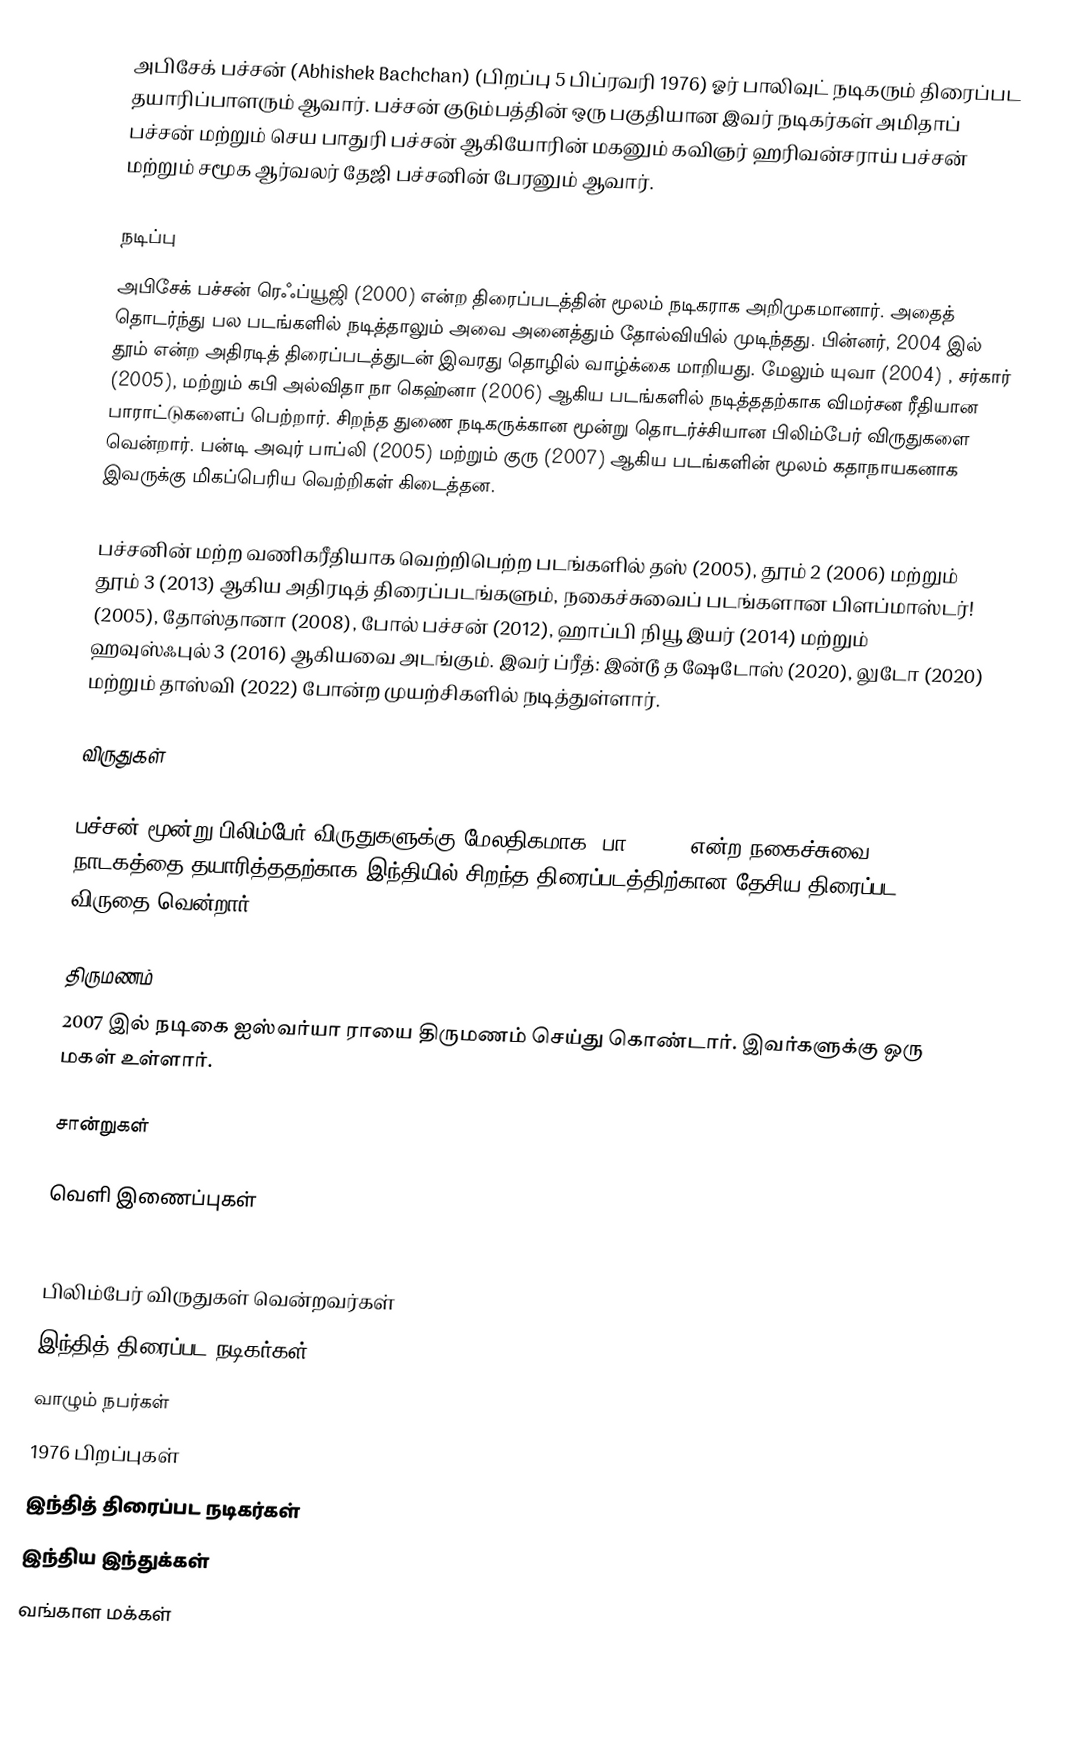
அபிசேக் பச்சன் (Abhishek Bachchan) (பிறப்பு 5 பிப்ரவரி 1976) ஓர் பாலிவுட் நடிகரும்  திரைப்பட தயாரிப்பாளரும் ஆவார். பச்சன் குடும்பத்தின் ஒரு பகுதியான இவர் நடிகர்கள் அமிதாப் பச்சன் மற்றும் செய பாதுரி பச்சன் ஆகியோரின் மகனும் கவிஞர் ஹரிவன்சராய் பச்சன் மற்றும் சமூக ஆர்வலர் தேஜி பச்சனின் பேரனும் ஆவார்.

நடிப்பு
அபிசேக் பச்சன் ரெஃப்யூஜி (2000) என்ற திரைப்படத்தின் மூலம் நடிகராக அறிமுகமானார். அதைத் தொடர்ந்து பல படங்களில் நடித்தாலும் அவை அனைத்தும் தோல்வியில் முடிந்தது. பின்னர், 2004 இல் தூம் என்ற அதிரடித் திரைப்படத்துடன் இவரது தொழில் வாழ்க்கை மாறியது. மேலும் யுவா (2004) , சர்கார் (2005), மற்றும் கபி அல்விதா நா கெஹ்னா (2006) ஆகிய படங்களில் நடித்ததற்காக விமர்சன ரீதியான பாராட்டுகளைப் பெற்றார். சிறந்த துணை நடிகருக்கான மூன்று தொடர்ச்சியான பிலிம்பேர் விருதுகளை வென்றார். பன்டி அவுர் பாப்லி (2005) மற்றும் குரு (2007) ஆகிய படங்களின் மூலம் கதாநாயகனாக இவருக்கு  மிகப்பெரிய வெற்றிகள் கிடைத்தன.

பச்சனின் மற்ற வணிகரீதியாக வெற்றிபெற்ற படங்களில் தஸ் (2005), தூம் 2 (2006) மற்றும் தூம் 3 (2013) ஆகிய அதிரடித் திரைப்படங்களும், நகைச்சுவைப் படங்களான பிளப்மாஸ்டர்! (2005), தோஸ்தானா (2008), போல் பச்சன் (2012), ஹாப்பி நியூ இயர் (2014) மற்றும் ஹவுஸ்ஃபுல் 3 (2016) ஆகியவை அடங்கும்.  இவர் ப்ரீத்: இன்டூ த ஷேடோஸ் (2020), லுடோ (2020) மற்றும் தாஸ்வி (2022) போன்ற முயற்சிகளில் நடித்துள்ளார்.

விருதுகள்

பச்சன் மூன்று பிலிம்பேர் விருதுகளுக்கு மேலதிகமாக, பா (2009) என்ற நகைச்சுவை நாடகத்தை தயாரித்ததற்காக இந்தியில் சிறந்த திரைப்படத்திற்கான தேசிய திரைப்பட விருதை வென்றார்.

திருமணம்
2007 இல் நடிகை ஐஸ்வர்யா ராயை திருமணம் செய்து கொண்டார். இவர்களுக்கு ஒரு மகள் உள்ளார்.

சான்றுகள்

வெளி இணைப்புகள்

பிலிம்பேர் விருதுகள் வென்றவர்கள்
இந்தித் திரைப்பட நடிகர்கள்
வாழும் நபர்கள்
1976 பிறப்புகள்
இந்தித் திரைப்பட நடிகர்கள்
இந்திய இந்துக்கள்
வங்காள மக்கள்